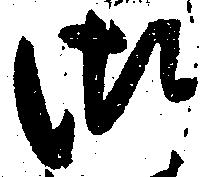
御